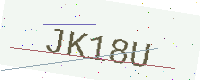
Text: JK18U